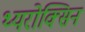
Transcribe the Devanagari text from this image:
थ्यरोक्सिन